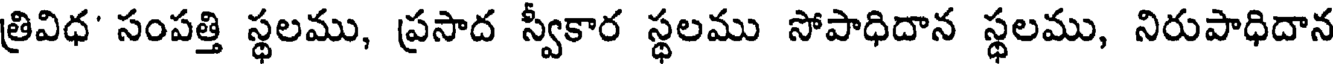
త్రివిధ' సంపత్తి స్థలము, ప్రసాద స్వీకార స్థలము సోపాధిదాన స్థలము, నిరుపాధిదాన